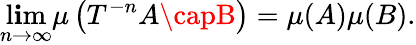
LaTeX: \operatorname*{l\mathbf{i}m}_{n\to\infty}\mu\left(T^{-n}A\capB\right)=\mu(A)\mu(B).